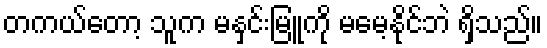
တကယ်တော့ သူက မနှင်းမြူကို မမေ့နိုင်ဘဲ ရှိသည်။